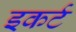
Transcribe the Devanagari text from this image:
इकर्ट